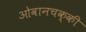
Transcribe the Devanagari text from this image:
ओवानचक्की